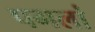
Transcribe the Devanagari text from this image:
पगलां